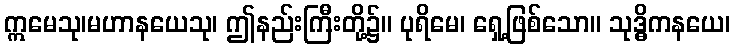
ဣမေသု၊မဟာနယေသု၊ ဤနည်းကြီးတို့၌။ ပုရိမေ၊ ရှေ့ဖြစ်သော။ သုဒ္ဓိကနယေ၊